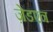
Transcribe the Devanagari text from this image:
ज़ेडएन